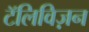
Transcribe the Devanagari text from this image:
टॅलिविज़न